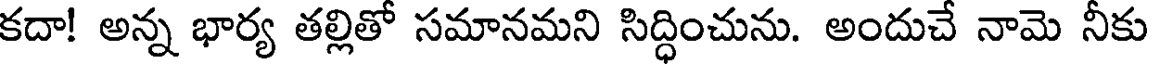
కదా! అన్న భార్య తల్లితో సమానమని సిద్ధించును. అందుచే నామె నీకు